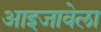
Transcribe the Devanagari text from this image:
आइजावेला